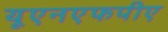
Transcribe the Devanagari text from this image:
यूएनएफपीए